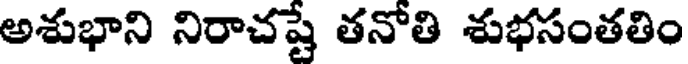
అశుభాని నిరాచష్టే తనోతి శుభసంతతిం